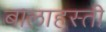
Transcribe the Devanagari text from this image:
बालाहस्ती